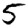
Digit: 5